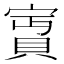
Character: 𡪛